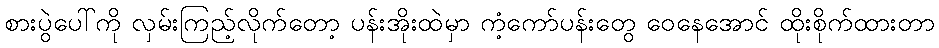
စားပွဲပေါ်ကို လှမ်းကြည့်လိုက်တော့ ပန်းအိုးထဲမှာ ကံ့ကော်ပန်းတွေ ဝေနေအောင် ထိုးစိုက်ထားတာ